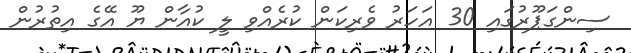
ސިންގަޕޫރުގައި 30 އަހަރު ވެރިކަން ކުރެއްވި ލީ ކުއާން ޔޫ އޭގެ އިތުރުން